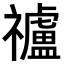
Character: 𥜠